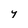
Character: Y